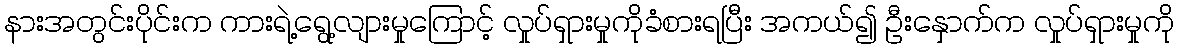
နားအတွင်းပိုင်းက ကားရဲ့ရွေ့လျားမှုကြောင့် လှုပ်ရှားမှုကိုခံစားရပြီး အကယ်၍ ဦးနှောက်က လှုပ်ရှားမှုကို